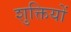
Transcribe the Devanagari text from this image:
शुक्तियों